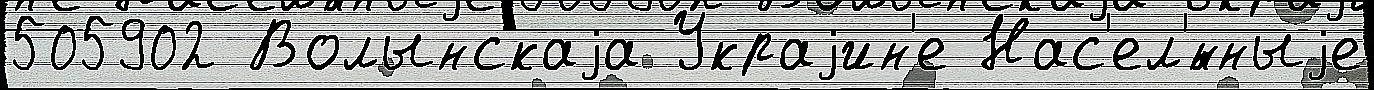
505902 Волынскаjа Украjин'е Нас'ел'́нныjе